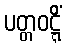
ပတ္တဝဋ္ဋိံ